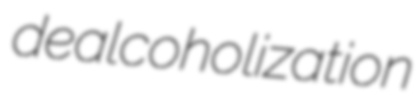
dealcoholization